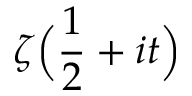
\zeta { \Bigl ( } { \frac { 1 } { 2 } } + i t { \Bigr ) }